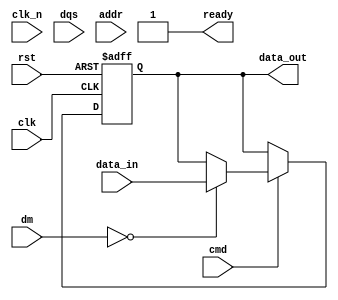
module ddr_io_block #(
    parameter DATA_WIDTH = 16 // Data bus width (8, 16, 32 bits)
) (
    input wire clk,           // Main clock signal (CK)
    input wire clk_n,         // Complementary clock signal (CK#)
    input wire [DATA_WIDTH-1:0] data_in,  // Data input bus
    output reg [DATA_WIDTH-1:0] data_out,  // Data output bus
    input wire [DATA_WIDTH/8-1:0] dm, // Data mask signals
    input wire dqs,          // Data Strobe (DQS)
    input wire [ADDR_WIDTH-1:0] addr, // Address signals
    input wire cmd,          // Command signal (Read/Write)
    input wire rst,          // Reset signal
    output reg ready         // Ready signal
);
  
    parameter ADDR_WIDTH = 12; // Example address width

    // Internal signals
    reg [DATA_WIDTH-1:0] data_reg;
    reg dqs_reg;

    // Initialization and calibration routine (simplified)
    initial begin
        ready = 1'b0;
        // Perform calibration routines here
        #10 ready = 1'b1; // Assume calibration finished after 10 time units
    end

    // Data Output Logic
    always @(posedge clk or posedge rst) begin
        if (rst) begin
            data_out <= {DATA_WIDTH{1'b0}};
            dqs_reg <= 1'b0;
        end else if (cmd) begin // Write operation
            if (!dm) begin // If DM is not asserted, drive data out
                data_out <= data_in;
                dqs_reg <= 1'b1; // DQS valid
            end
        end
    end

    // Data Input Logic
    always @(negedge clk_n or posedge rst) begin
        if (rst) begin
            data_reg <= {DATA_WIDTH{1'b0}};
        end else if (!dm) begin // Read operation
            data_reg <= data_out; // Capture incoming data
        end
    end

    // DQS Signal Generation
    always @(posedge clk) begin
        if (cmd) begin
            dqs_reg <= 1'b1; // DQS is valid during write
        end else begin
            dqs_reg <= 1'b0; // DQS is not valid
        end
    end

    // Output DQS
    assign dqs = dqs_reg;

    // Add timing controller, termination logic, and power management as necessary...

endmodule